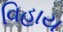
વિહાય